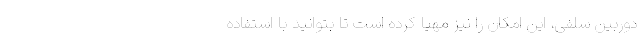
دوربین سلفی، این امکان را نیز مهیا کرده است تا بتوانید با استفاده